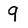
Character: 9